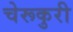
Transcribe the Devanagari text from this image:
चेरूकुरी